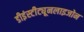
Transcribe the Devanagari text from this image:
डीइंस्टीट्यूनलाइजोन